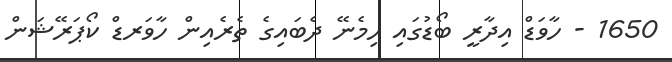
1650 - ހާވަޑް އިދާރީ ބޯޑުގައި ހިމެނޭ ދެބައިގެ ތެރެއިން ހާވަރޑް ކޯޕަރޭޝަން